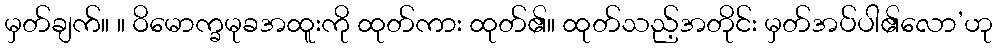
မှတ်ချက်။ ။ ဝိမောက္ခမုခအထူးကို ထုတ်ကား ထုတ်၏။ ထုတ်သည့်အတိုင်း မှတ်အပ်ပါ၏လော’ဟု